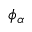
\phi _ { \alpha }